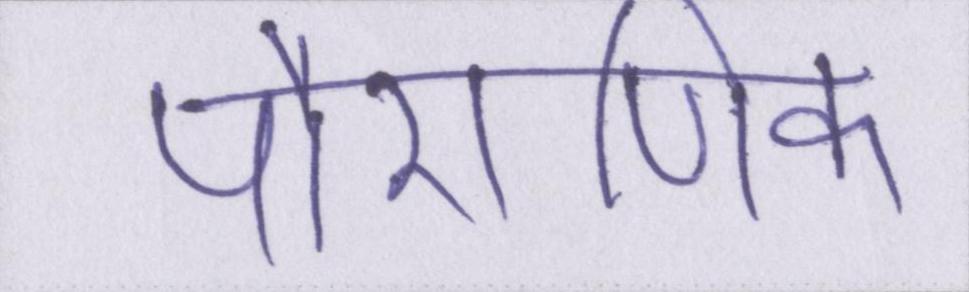
पौराणिक